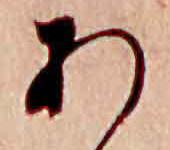
あ